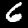
Label: 6